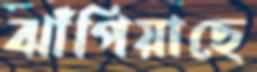
ঝাঁপিয়াছে